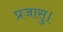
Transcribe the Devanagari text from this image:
प्रजासु।